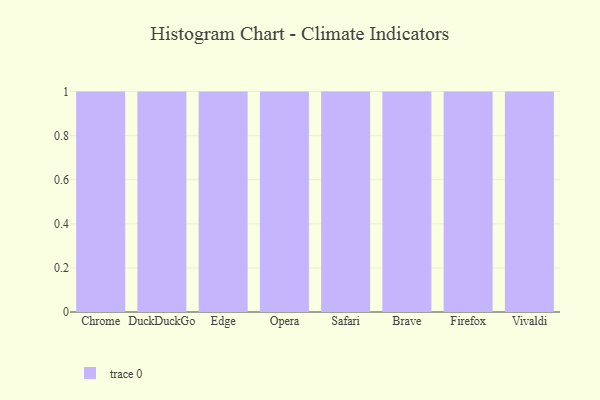
{"axis": {"x": "Browser", "y": "Page Views"}, "legend": [""], "data": [{"x": "Chrome", "y": 90, "type": ""}, {"x": "DuckDuckGo", "y": 15, "type": ""}, {"x": "Edge", "y": 68, "type": ""}, {"x": "Opera", "y": 62, "type": ""}, {"x": "Safari", "y": 86, "type": ""}, {"x": "Brave", "y": 29, "type": ""}, {"x": "Firefox", "y": 54, "type": ""}, {"x": "Vivaldi", "y": 2, "type": ""}]}